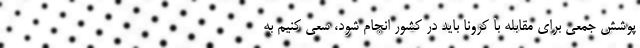
پوشش جمعی برای مقابله با کرونا باید در کشور انجام شود، سعی کنیم به